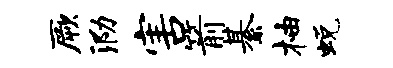
厥泐害箭綦柚蜕